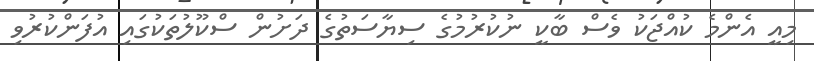
މިއީ އެންމެ ކުއްޖަކު ވެސް ބާކީ ނުކުރުމުގެ ސިޔާސަތުގެ ދަށުން ސްކޫލުތަކުގައި އުފަންކުރުވި